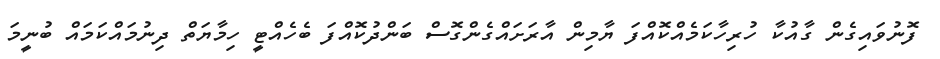
ފޮނުވައިގެން ގާއުކާ ހުރިހާކަމެއްކޮއްފަ ޔާމިން އާރަށައްގެންގޮސް ބަންދުކޮއްފަ ބެހެއްޓީ ހިމާޔަތް ދިނުމައްކަމައް ބުނީމަ